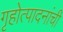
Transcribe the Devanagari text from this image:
गृहोत्पादनांची